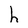
Character: h